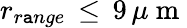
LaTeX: r_{r\mathtt{a}nge}\, \leq\, 9\, \mu\mathrm{{~m~}}